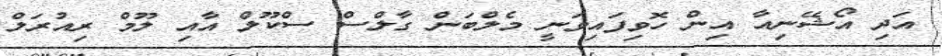
އަދި އޯޝޭނިއާ އިން ހޮވިފައިވަނީ މެލްބަން ގާލްސް ސްކޫލް އާއި ލޫމް ރިއުރަލް